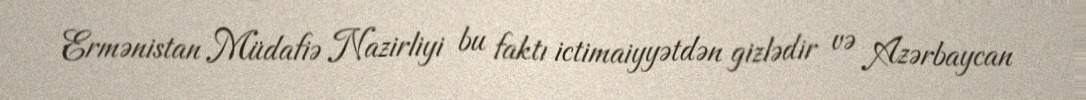
Ermənistan Müdafiə Nazirliyi bu faktı ictimaiyyətdən gizlədir və Azərbaycan